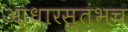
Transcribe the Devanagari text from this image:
आधारस्तंभच